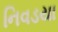
નિવડયા